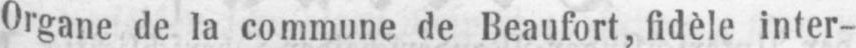
Organe de la commune de Beaufort, fidèle inter-